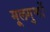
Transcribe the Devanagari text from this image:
मूलगुणों